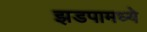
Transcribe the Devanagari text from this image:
झडपामध्ये